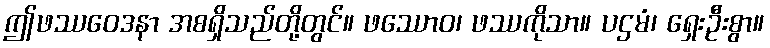
ဤဖဿဝေဒနာ အစရှိသည်တို့တွင်။ ဖဿောဝ၊ ဖဿကိုသာ။ ပဌမံ၊ ရှေးဦးစွာ။